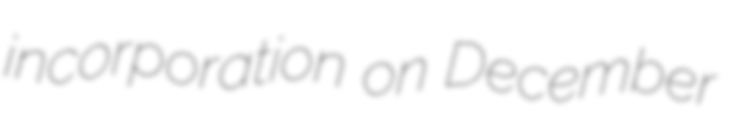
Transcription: incorporation on December